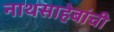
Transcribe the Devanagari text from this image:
नाथसाहेबांची